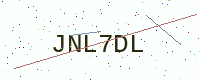
Text: JNL7DL